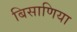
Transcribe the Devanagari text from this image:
बिसाणिया